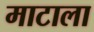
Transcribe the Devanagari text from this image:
माटाला